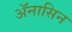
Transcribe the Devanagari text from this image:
ॲनासिन